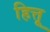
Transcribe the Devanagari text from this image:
हित्तू